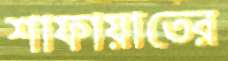
শাফায়াতের